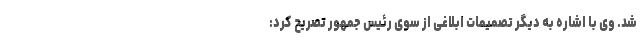
شد. وی با اشاره به دیگر تصمیمات ابلاغی از سوی رئیس جمهور تصریح کرد: